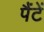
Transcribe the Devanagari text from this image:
पैंटें